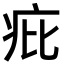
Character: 疪